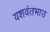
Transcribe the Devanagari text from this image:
यशवंतभाउ